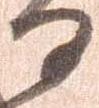
る